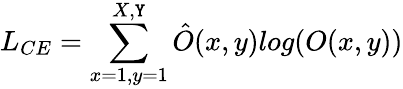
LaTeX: L_{CE}=\sum_{x=1,y=1}^{X,\mathtt{Y}}\hat{{O}}(x,y)log(O(x,y))